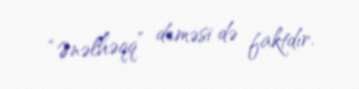
“Ənəlhəqq” deməsi də faktdır.